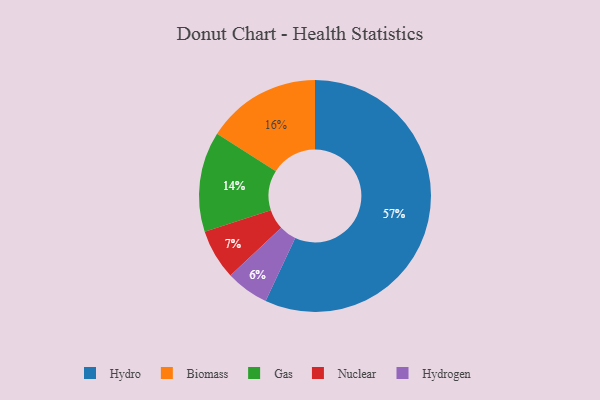
{"axis": {"x": "Category", "y": "Percentage"}, "legend": ["Biomass", "Gas", "Hydro", "Hydrogen", "Nuclear"], "data": [{"x": "Hydro", "y": 57, "type": "Hydro"}, {"x": "Biomass", "y": 16, "type": "Biomass"}, {"x": "Gas", "y": 14, "type": "Gas"}, {"x": "Nuclear", "y": 7, "type": "Nuclear"}, {"x": "Hydrogen", "y": 6, "type": "Hydrogen"}]}